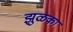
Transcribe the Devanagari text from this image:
झुळका